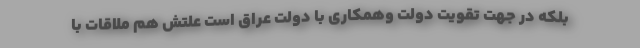
بلکه در جهت تقویت دولت وهمکاری با دولت عراق است علتش هم ملاقات با